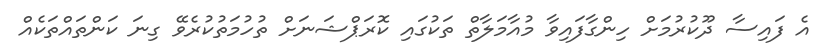
އެ ފައިސާ ދޫކުރުމަށް ހިންގާފައިވާ މުއާމަލާތް ތަކުގައި ކޮރަޕްޝަނަށް ތުހުމަތުކުރެވޭ ގިނަ ކަންތައްތަކެއް